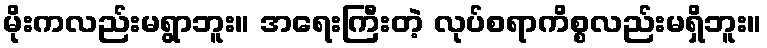
မိုးကလည်းမရွာဘူး။ အရေးကြီးတဲ့ လုပ်စရာကိစ္စလည်းမရှိဘူး။